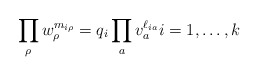
\begin{align*} \prod_\rho w_\rho^{m_{i \rho}} = q_i \prod_a v_a^{\ell_{i a}} i = 1, \dotsc, k\end{align*}